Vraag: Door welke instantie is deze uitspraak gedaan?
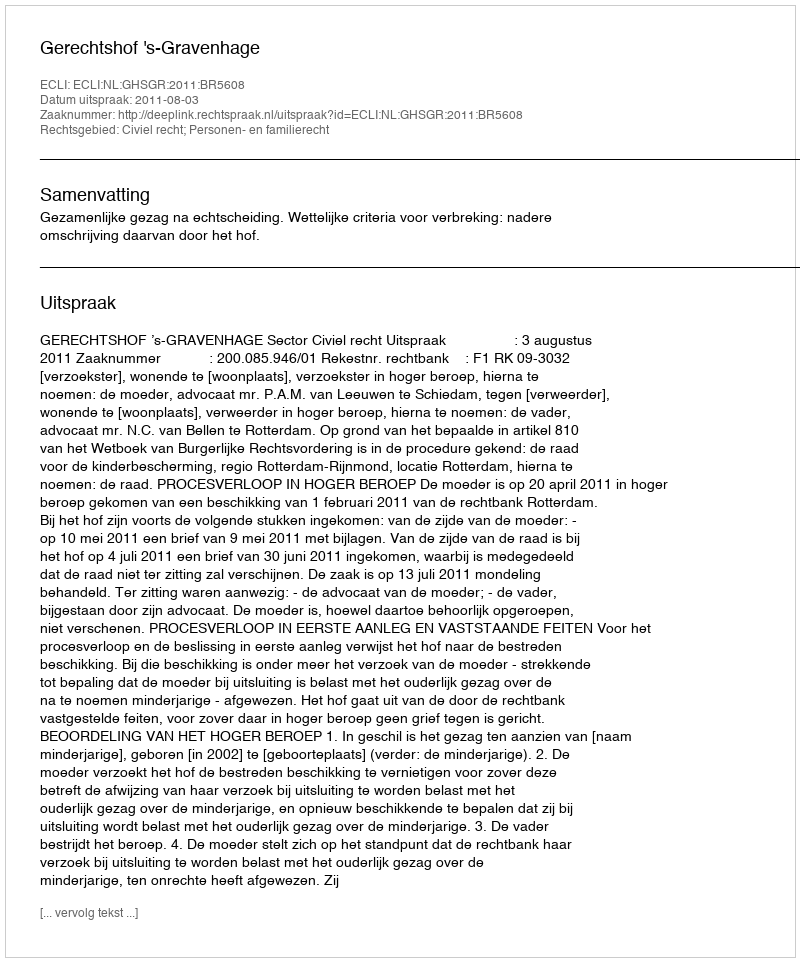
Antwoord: Gerechtshof 's-Gravenhage